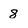
Character: 8